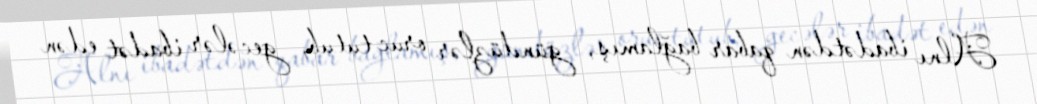
Alnı ibadətdən qabar bağlamış, gündüzlər oruc tutub, gecələr ibadət edən